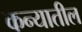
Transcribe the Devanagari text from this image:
कन्यातील